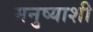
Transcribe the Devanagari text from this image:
मनुष्याशी